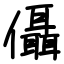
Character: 㒤